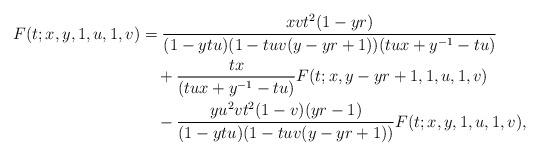
LaTeX: \begin{align*} F(t;x,y,1,u,1,v)&=\frac{xvt^2(1-yr)} {(1-ytu)(1-tuv(y-yr+1))(tux+y^{-1}-tu)}\\ &\quad+\frac{tx}{(tux+y^{-1}-tu)}F(t;x,y-yr+1,1,u,1,v)\\ &\quad-\frac{yu^2vt^2(1-v)(yr-1)}{(1-ytu)(1-tuv(y-yr+1))}F(t;x,y,1,u,1,v), \end{align*}